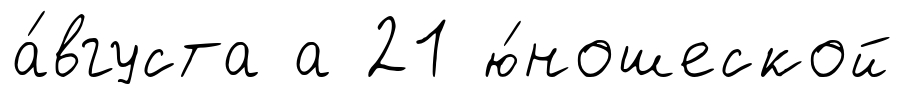
а́вгуста а 21 ю́ношеской